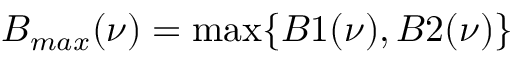
B _ { m a x } ( \nu ) = \operatorname* { m a x } \{ B 1 ( \nu ) , B 2 ( \nu ) \}